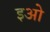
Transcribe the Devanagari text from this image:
इओ